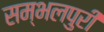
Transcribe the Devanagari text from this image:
सम्भलपुरी